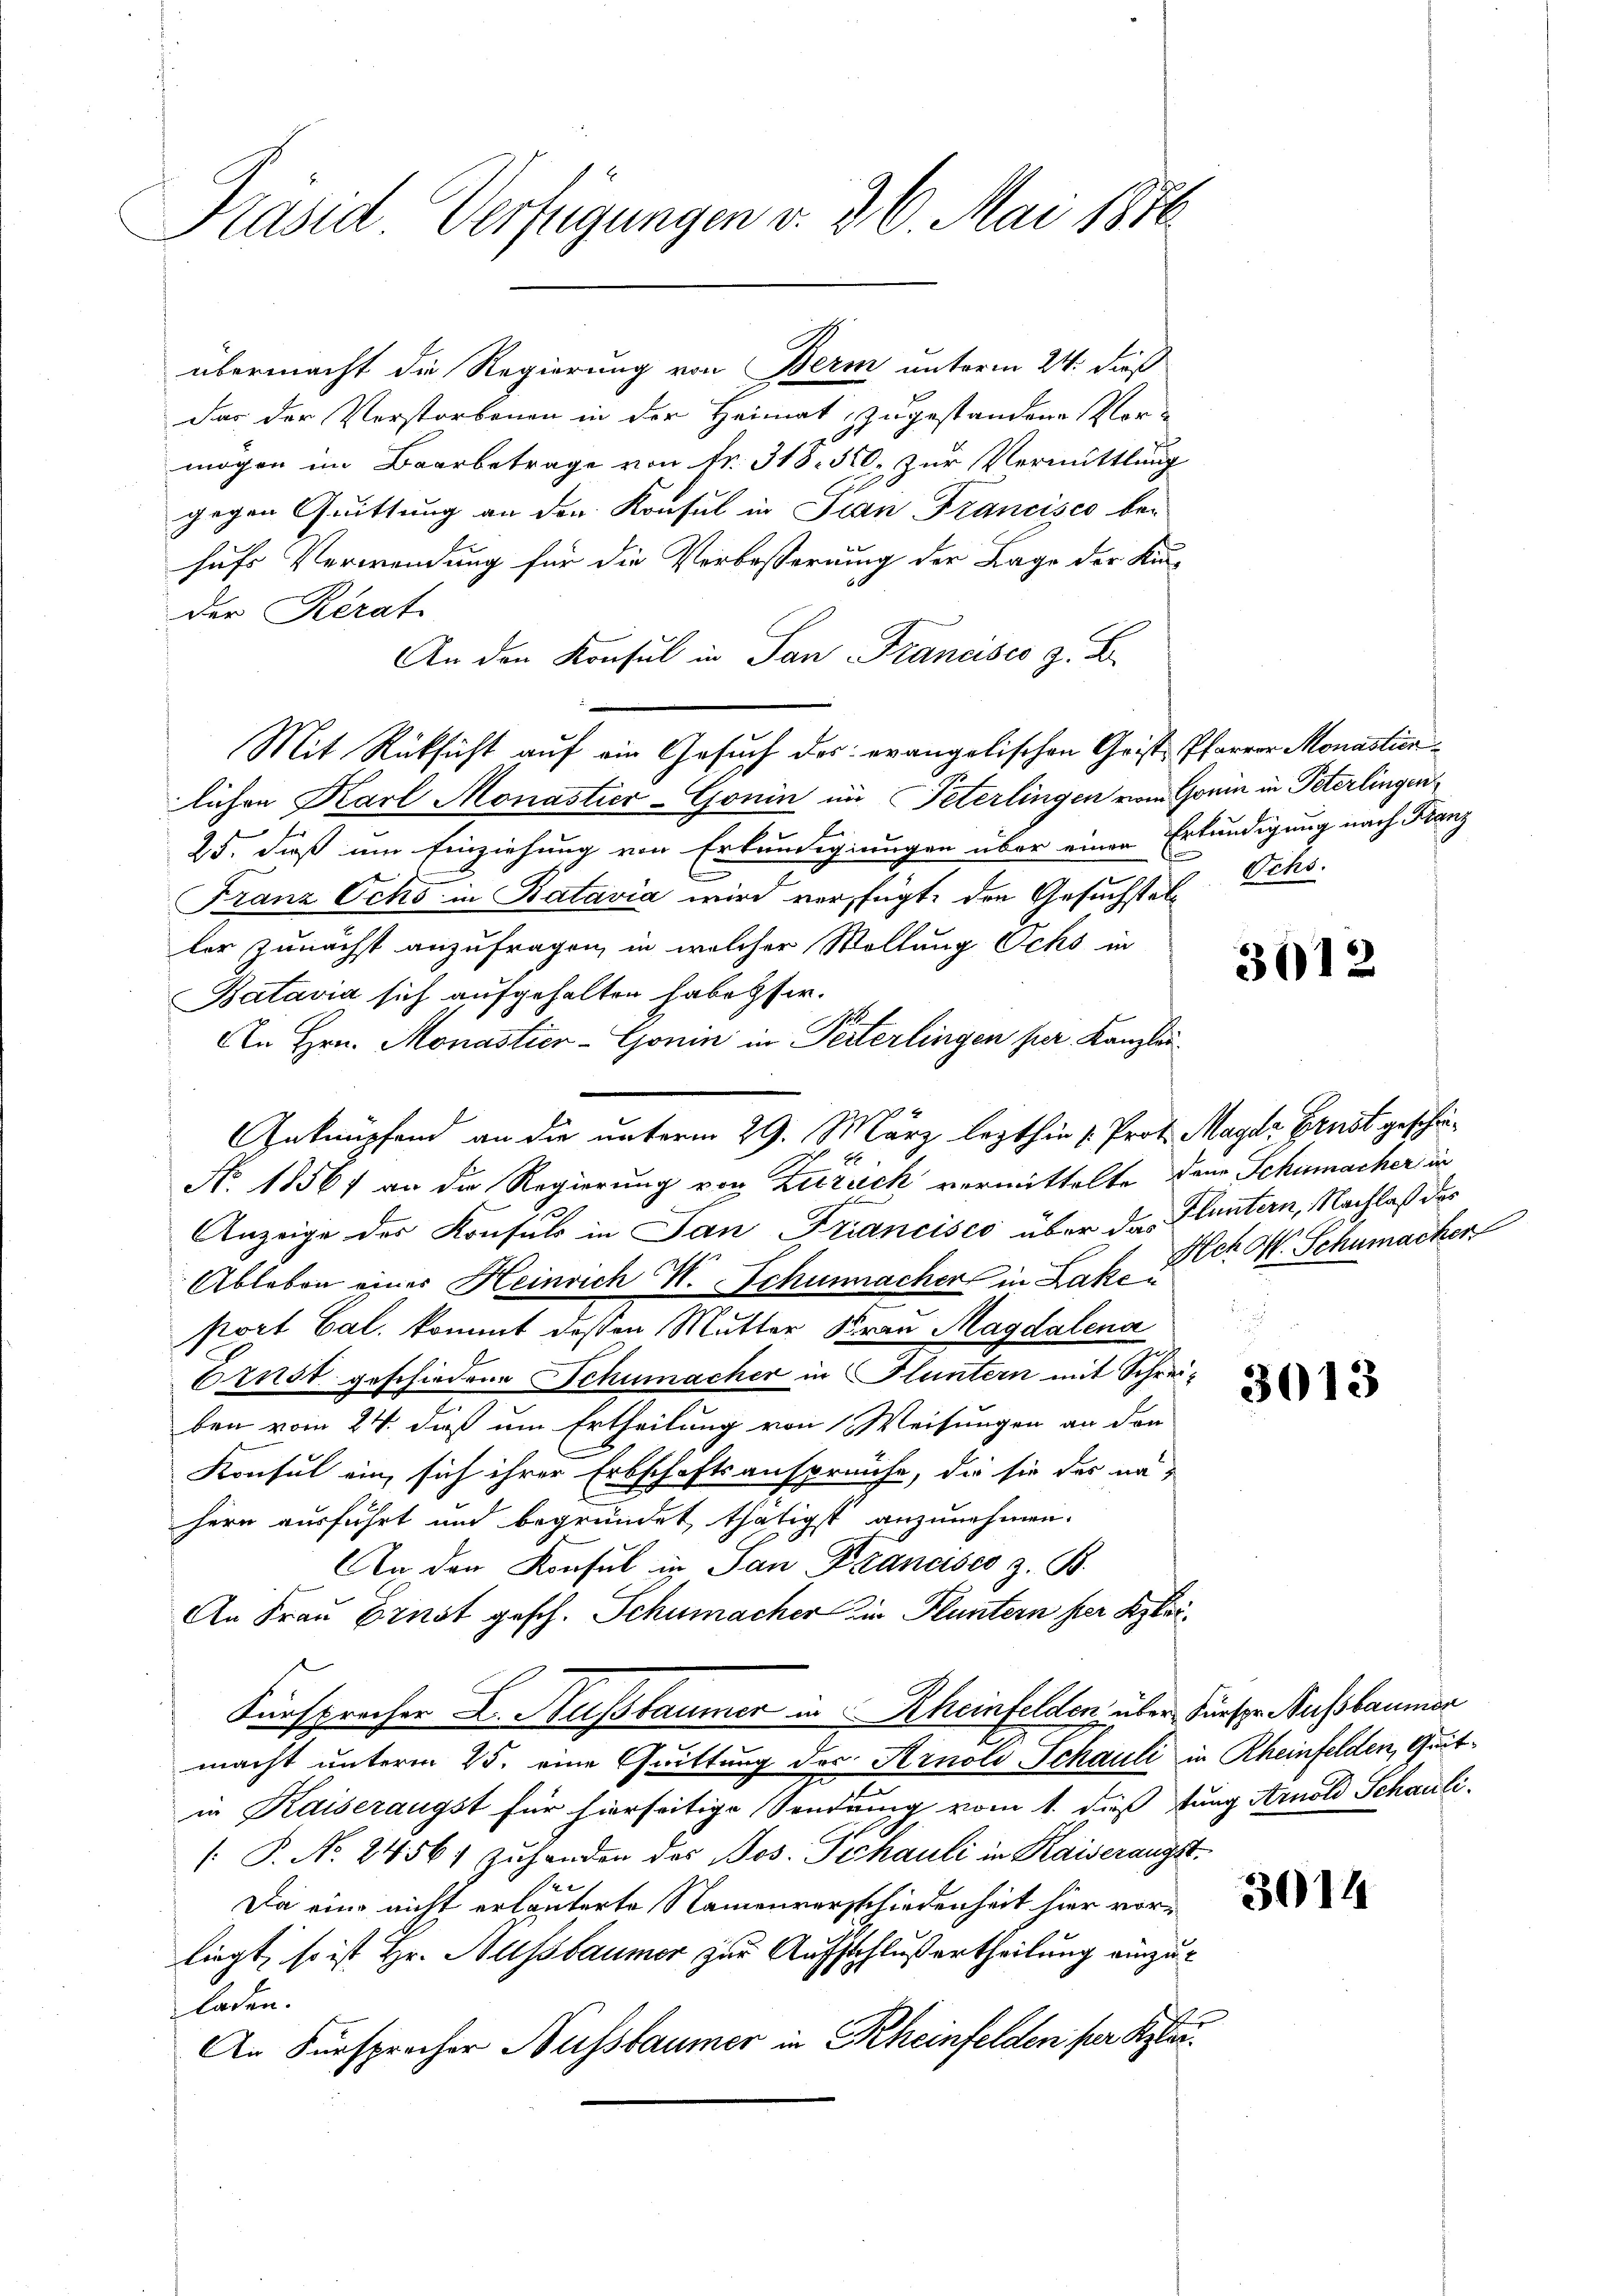
Präsid Verfügungen v. 3. 6. Mai 1876.

übermacht die Regierung von Bern unterm 24. dieß
das der Verstorbenen in der Heimat zugestandene Vor-
mögen im Baarbetrage von Nr. 318. 320. zur Vermittlung
gegen Quittung an den Konsul in Tran Francisco bei
hufs Verwendung für die Verbesserung der Lage der Kin-
der erat
An den Konsul in San Francisco z. B.
Mit Rüksicht auf ein Gesuch der evangelischen Grist Pfarrer Monastierlichen Karl Monastier-Gonin im Peterlingen vom Grein in Peterlingen
for
25. dieß um Einziehung von Erkundigungen über einen Erkundigung nach Kanz
Franz Ochs in Batavia wird verfügte den Gesuchstelle Scho
ter zunächst anzufragen, in welcher Wollung Ochs in
Batavia sich aufgehalten habe ser.
An Hrn. Monastier-Gonin in Perterlingen per Kanzlei¬
No. 1856 an die Regierung von Zürich vermittelte dann Schumacher in
.
Anzeige des Konsuls in San Francisco über das Fluntern, Nachlaß das
Ableben einer Heinrich W. Schumacher in Lah. Hch. O. Schumacher
ptort Cal. kommt deßen Mutter Frau Magdalena
Ernst geschiedene Schumacher in Fluntern mit Schreiben vom 24. dieß um Ertheilung von Weisungen an den
C
Konsul ein, sich ihrer Erbschaftsanspreche, die sie der na-
hern ausführt und begründet thätigst anzunehmen.
An den Konsul in San Dranases z. B.
An Frau Ernst gesch. Schumacher in Fluntern her Klei¬
Fürsprecher L. Nußbaumer in Rheinfelden über Fueser Aussbaumer
macht unterm 25. eine Quittung des Arnold Schauli in Rheinfelden, Quitin Kaiserangst für hierseitige Sendung vom 1. dieß tung Arnold Schauli.
[: P. No. 2456) zuhanden des Jos. Pechauli in Kaiserangst
Da eine nicht erläuterte Namenverschiedenheit hier vorliegt, so ist Hr. Hassbaumer zur Aufschluß ertheilung einzuladen.
An Fürsprocher Nussbaumer in Rheinfelden per Klä¬

Geknüpfend an die unterm 29. März lezthin u. Prot. Mayer Ernst geschie¬

3012

3013